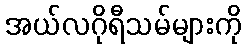
အယ်လဂိုရီသမ်များကို